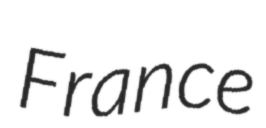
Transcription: France